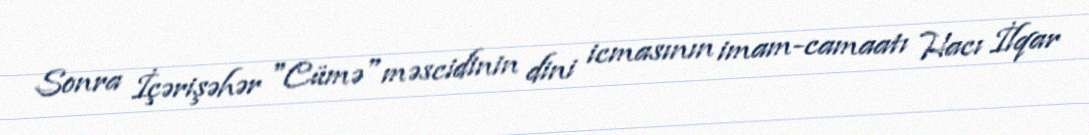
Sonra İçərişəhər "Cümə" məscidinin dini icmasının imam-camaatı Hacı İlqar